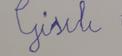
Signature authenticity: forged